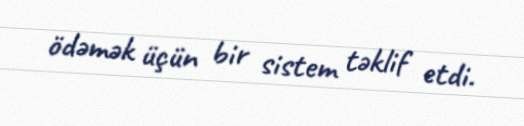
ödəmək üçün bir sistem təklif etdi.